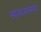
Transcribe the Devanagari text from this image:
स्वस्वरूपमयो